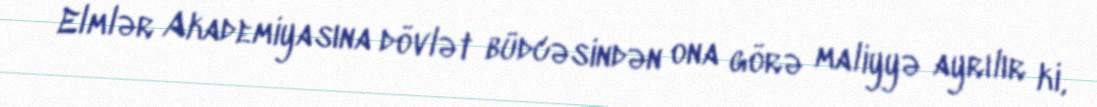
Elmlər Akademiyasına dövlət büdcəsindən ona görə maliyyə ayrılır ki,